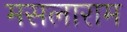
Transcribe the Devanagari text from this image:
मसलाराम